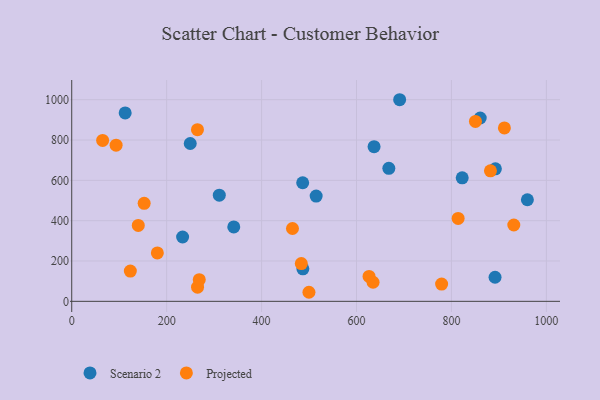
{"axis": {"x": "Ad Spend", "y": "Fuel Efficiency"}, "legend": ["Projected", "Scenario 2"], "data": [{"x": "112.6", "y": 934.5, "type": "Scenario 2"}, {"x": "637.0", "y": 766.9, "type": "Scenario 2"}, {"x": "486.6", "y": 588.2, "type": "Scenario 2"}, {"x": "668.1", "y": 659.5, "type": "Scenario 2"}, {"x": "233.6", "y": 319.1, "type": "Scenario 2"}, {"x": "892.6", "y": 657.0, "type": "Scenario 2"}, {"x": "310.9", "y": 526.7, "type": "Scenario 2"}, {"x": "860.6", "y": 909.3, "type": "Scenario 2"}, {"x": "822.7", "y": 612.7, "type": "Scenario 2"}, {"x": "690.9", "y": 999.9, "type": "Scenario 2"}, {"x": "487.0", "y": 161.0, "type": "Scenario 2"}, {"x": "960.0", "y": 503.8, "type": "Scenario 2"}, {"x": "891.9", "y": 119.5, "type": "Scenario 2"}, {"x": "249.7", "y": 782.7, "type": "Scenario 2"}, {"x": "341.4", "y": 368.9, "type": "Scenario 2"}, {"x": "515.0", "y": 521.9, "type": "Scenario 2"}, {"x": "814.1", "y": 411.4, "type": "Projected"}, {"x": "483.7", "y": 187.4, "type": "Projected"}, {"x": "265.1", "y": 70.3, "type": "Projected"}, {"x": "264.9", "y": 851.3, "type": "Projected"}, {"x": "93.5", "y": 774.3, "type": "Projected"}, {"x": "65.1", "y": 798.1, "type": "Projected"}, {"x": "850.6", "y": 892.1, "type": "Projected"}, {"x": "152.6", "y": 486.1, "type": "Projected"}, {"x": "499.8", "y": 44.9, "type": "Projected"}, {"x": "465.1", "y": 361.2, "type": "Projected"}, {"x": "626.4", "y": 123.6, "type": "Projected"}, {"x": "779.3", "y": 85.6, "type": "Projected"}, {"x": "931.4", "y": 378.5, "type": "Projected"}, {"x": "180.4", "y": 240.0, "type": "Projected"}, {"x": "268.7", "y": 107.5, "type": "Projected"}, {"x": "123.5", "y": 150.2, "type": "Projected"}, {"x": "911.6", "y": 860.2, "type": "Projected"}, {"x": "882.2", "y": 647.1, "type": "Projected"}, {"x": "634.9", "y": 94.5, "type": "Projected"}, {"x": "140.2", "y": 376.6, "type": "Projected"}]}